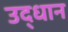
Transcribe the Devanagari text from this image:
उद्धान